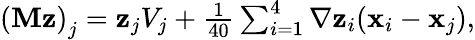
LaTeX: \begin{array}{r}{\left({\mathbf M}{\mathbf z}\right)_{j}={\mathbf z}_{j}V_{j}+\frac{1}{40}\sum_{i=1}^{4}\nabla{\mathbf z}_{i}({\mathbf x}_{i}-{\mathbf x}_{j}),}\end{array}